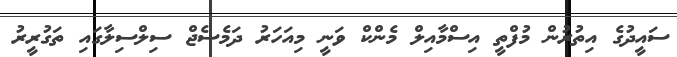
ސައީދުގެ އިތުރުން މުފްތީ އިސްމާއިލް މެންކް ވަނީ މިއަހަރު ދަމެސެޖް ސިލްސިލާގައި ތަގުރީރު